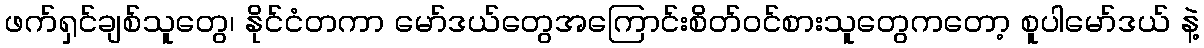
ဖက်ရှင်ချစ်သူတွေ၊ နိုင်ငံတကာ မော်ဒယ်တွေအကြောင်းစိတ်ဝင်စားသူတွေကတော့ စူပါမော်ဒယ် နဲ့